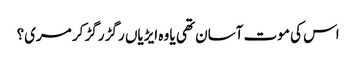
اس کی موت آسان تھی یا وہ ایڑیاں رگڑ رگڑ کر مری؟